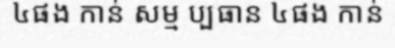
៤ផង កាន់ សម្ម ប្បធាន ៤ផង កាន់